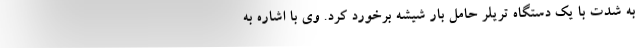
به شدت با یک دستگاه تریلر حامل بار شیشه برخورد کرد. وی با اشاره به